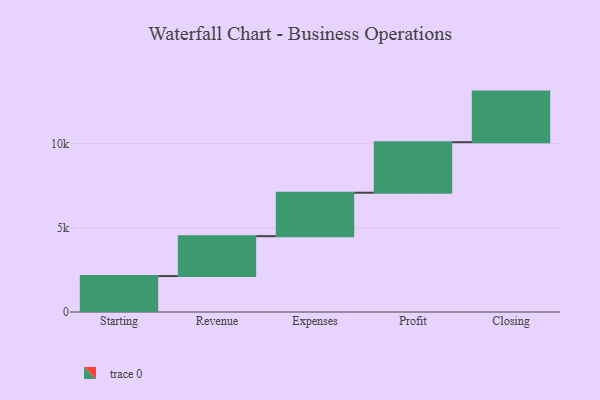
{"axis": {"x": "Step", "y": "Value"}, "legend": [""], "data": [{"x": "Starting", "y": 2132.0, "type": ""}, {"x": "Revenue", "y": 2367.0, "type": ""}, {"x": "Expenses", "y": 2579.0, "type": ""}, {"x": "Profit", "y": 3000, "type": ""}, {"x": "Closing", "y": 3000, "type": ""}]}